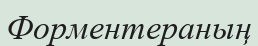
Форментераның